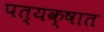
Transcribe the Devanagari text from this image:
पत्यक्षात